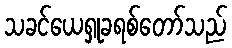
သခင်ယေရှုခရစ်တော်သည်